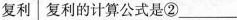
复利 复利的计算公式是②___